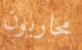
محاربون